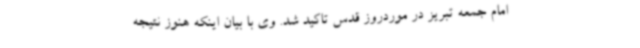
امام جمعه تبریز در موردروز قدس تاکید شد. وی با بیان اینکه هنوز نتیجه